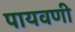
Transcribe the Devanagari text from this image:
पायवणी